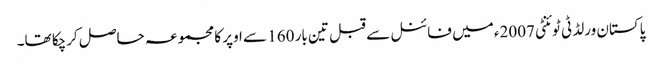
پاکستان ورلڈ ٹی ٹوئنٹی 2007ء میں فائنل سے قبل تین بار 160 سے اوپر کا مجموعہ حاصل کرچکا تھا۔